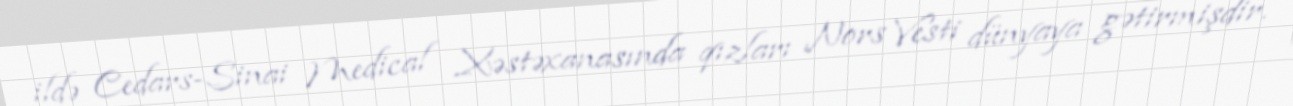
ildə Cedars-Sinai Medical Xəstəxanasında qızları Nors Vesti dünyaya gətirmişdir.